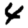
Digit: 4